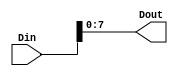
module RAT_slice_1_0_0
   (Din,
    Dout);
  input [17:0]Din;
  output [7:0]Dout;

  wire [17:0]Din;

  assign Dout[7:0] = Din[7:0];
endmodule